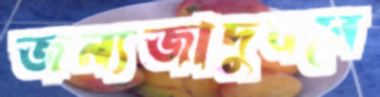
জন্যজাদুঘরে